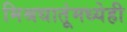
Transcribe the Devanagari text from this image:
मिश्रधातूंमध्येही